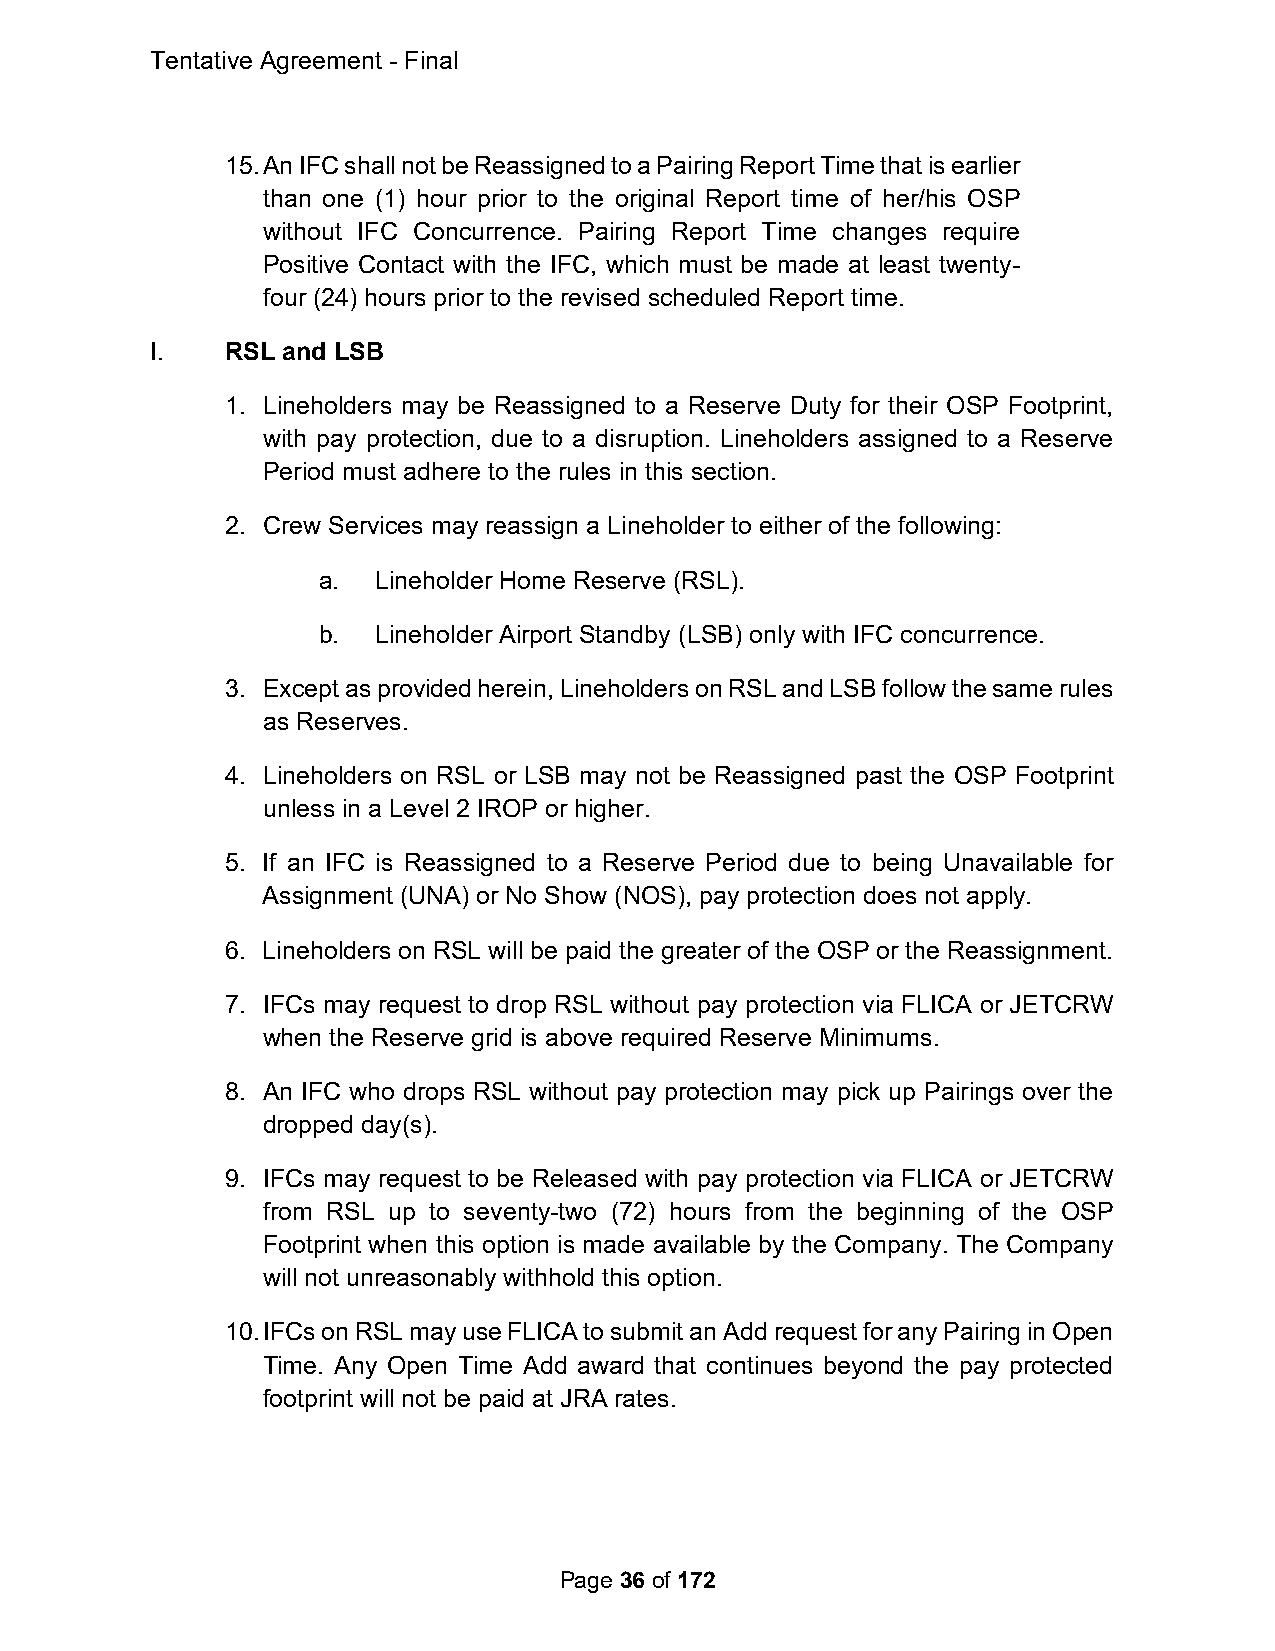
Tentative Agreement - Final
 15. An IFC shall not be Reassigned to a Pairing Report Time that is earlier
 than one (1) hour prior to the original Report time of her/his OSP
 without IFC Concurrence. Pairing Report Time changes require
 Positive Contact with the IFC, which must be made at least twenty-
 four (24) hours prior to the revised scheduled Report time.
 I.   RSL and LSB
 1. Lineholders may be Reassigned to a Reserve Duty for their OSP Footprint,
 with pay protection, due to a disruption. Lineholders assigned to a Reserve
 Period must adhere to the rules in this section.
 2. Crew Services may reassign a Lineholder to either of the following:
 a.  Lineholder Home Reserve (RSL).
 b.  Lineholder Airport Standby (LSB) only with IFC concurrence.
 3. Except as provided herein, Lineholders on RSL and LSB follow the same rules
 as Reserves.
 4. Lineholders on RSL or LSB may not be Reassigned past the OSP Footprint
 unless in a Level 2 IROP or higher.
 5. If an IFC is Reassigned to a Reserve Period due to being Unavailable for
 Assignment (UNA) or No Show (NOS), pay protection does not apply.
 6. Lineholders on RSL will be paid the greater of the OSP or the Reassignment.
 7. IFCs may request to drop RSL without pay protection via FLICA or JETCRW
 when the Reserve grid is above required Reserve Minimums.
 8. An IFC who drops RSL without pay protection may pick up Pairings over the
 dropped day(s).
 9. IFCs may request to be Released with pay protection via FLICA or JETCRW
 from RSL up to seventy-two (72) hours from the beginning of the OSP
 Footprint when this option is made available by the Company. The Company
 will not unreasonably withhold this option.
 10. IFCs on RSL may use FLICA to submit an Add request for any Pairing in Open
 Time. Any Open Time Add award that continues beyond the pay protected
 footprint will not be paid at JRA rates.
 Page 36 of 172